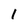
Character: 1